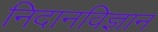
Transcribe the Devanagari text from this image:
निदानविज्ञान